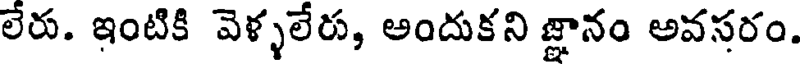
లేరు. ఇంటికి వెళ్ళలేరు, అందుకని జ్ఞానం అవసరం.